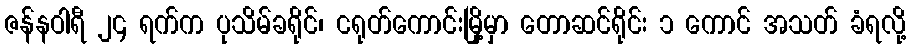
ဇန်နဝါရီ ၂၄ ရက်က ပုသိမ်ခရိုင်၊ ငရုတ်ကောင်းမြို့မှာ တောဆင်ရိုင်း ၁ ကောင် အသတ် ခံရလို့